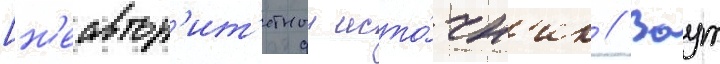
[н'еавтор'ит'етныи исто́чн'ик // Воут